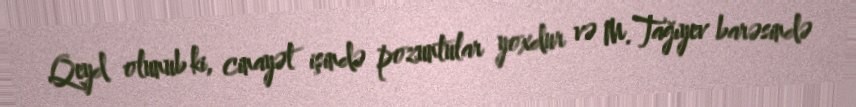
Qeyd olunub ki, cinayət işində pozuntular yoxdur və M.Tağıyev barəsində